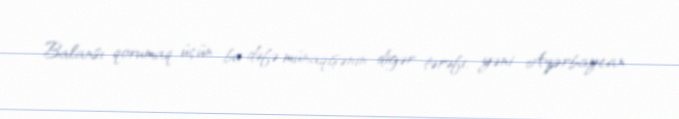
Balansı qorumaq üçün bu dəfə münaqişənin digər tərəfi, yəni Azərbaycan